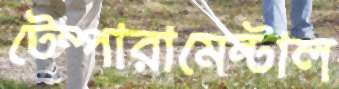
টেম্পারামেন্টাল